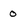
Character: 0